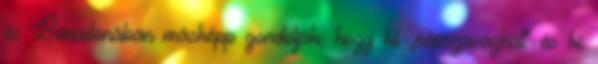
és Barcelonában másképp gondolják, hogy ki „népszavazhat” és ki